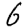
Digit: 6